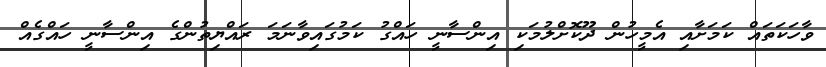
ވާހަކަތައް ކަމަށާއި އެމީހުން ދޫކޮށްލުމަކި އިންސާނީ ހައްގު ކަމުގައިވާނަމަ ރައްޔިތުންގެ އިންސާނީ ހައްގެއް